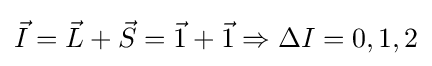
{\vec {I}}={\vec {L}}+{\vec {S}}={\vec {1}}+{\vec {1}}\Rightarrow \Delta I=0,1,2